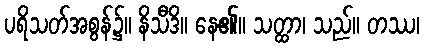
ပရိသတ်အစွန်၌။ နိသီဒိ။ နေ၏။ သတ္ထာ၊ သည်။ တဿ၊